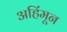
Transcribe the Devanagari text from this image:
अहिंमून